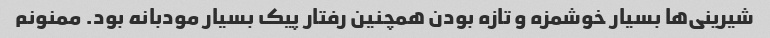
شیرینی‌ها بسیار خوشمزه و تازه بودن همچنین رفتار پیک بسیار مودبانه بود. ممنونم